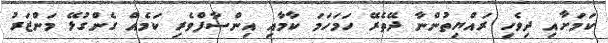
ކަމަށާއި ދިވެހި ރައްޔިތުންނާ ދޭތެރޭ ހަމަހަމަ ކާމާއި އިންސާފްވެރި ކަމެއް ގެންގުޅޭ މަންޒަރު